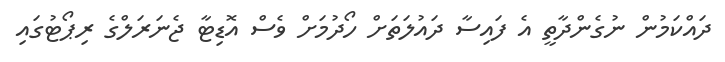
ދައްކަމުން ނުގެންދާތީ އެ ފައިސާ ދައުލަތަށް ހޯދުމަށް ވެސް އޮޑިޓާ ޖެނަރަލްގެ ރިޕޯޓުގައި